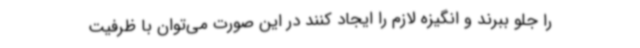
را جلو ببرند و انگیزه لازم را ایجاد کنند در این صورت می‌توان با ظرفیت